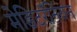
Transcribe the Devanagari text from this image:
मेडिटरॅनियन